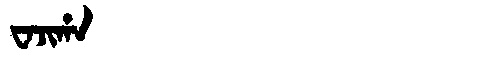
Manchu: ᠸᠠᠵᡳᡥᠠ
Romanization: WAJIHA